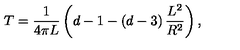
T = \frac { 1 } { 4 \pi L } \left( d - 1 - \left( d - 3 \right) \frac { L ^ { 2 } } { R ^ { 2 } } \right) ,